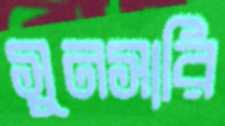
সুনসারি